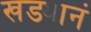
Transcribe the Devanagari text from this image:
खड्यानं